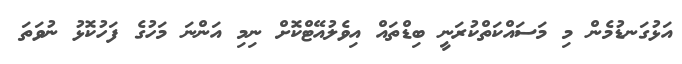
އަޅުގަނޑުމެން މި މަސައްކަތްކުރަނީ ބިޑްތައް އިވެލުއޭޓްކޮށް ނިމި އަންނަ މަހުގެ ފަހުކޮޅު ނުވަތަ